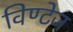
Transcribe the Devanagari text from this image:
विण्टेज